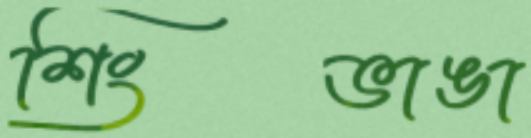
শিংভাঙা